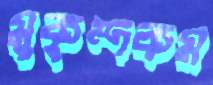
মুকুন্দকম